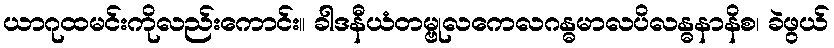
ယာဂုထမင်းကိုလည်းကောင်း။ ခါဒနီယံတမ္ဗုလကေလဂန္ဓမာလပိလန္ဓနာနိစ၊ ခဲဖွယ်